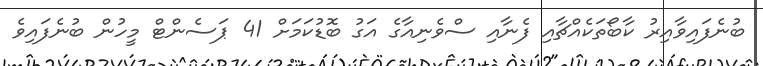
ބުނެފައިވާއިރު ކާބޯތަކެއްޗާއި ފެނާއި ސްވެނިއާގެ އަގު ބޮޑުކަމަށް 41 ޕަސެންޓް މީހުން ބުނެފައިވެ